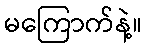
မကြောက်နဲ့။